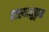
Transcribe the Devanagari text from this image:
हास्यानुकृत